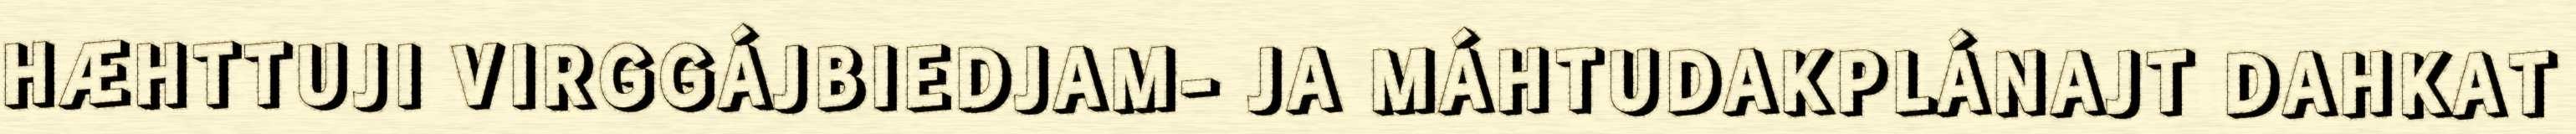
HÆHTTUJI VIRGGÁJBIEDJAM- JA MÁHTUDAKPLÁNAJT DAHKAT